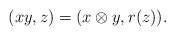
\begin{align*}(xy,z)=(x\otimes y,r(z)).\end{align*}